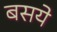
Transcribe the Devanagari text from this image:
बसये